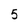
Character: 5